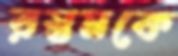
রস্তমকে